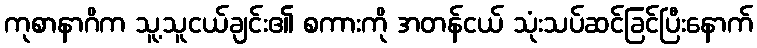
ကုစာနာဂိက သူ့သူငယ်ချင်း၏ စကားကို အတန်ငယ် သုံးသပ်ဆင်ခြင်ပြီးနောက်